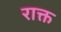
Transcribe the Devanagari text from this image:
राक्त